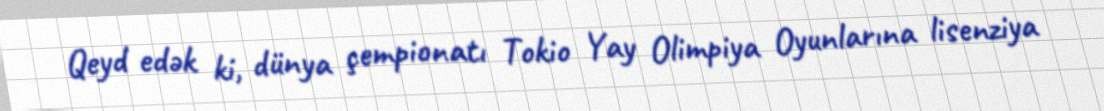
Qeyd edək ki, dünya çempionatı Tokio Yay Olimpiya Oyunlarına lisenziya